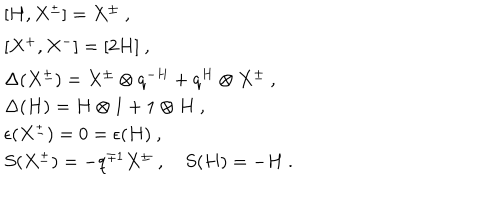
LaTeX: \begin{array} { l } { { [ H , X ^ { \pm } ] = X ^ { \pm } ~ , } } \\ { { [ X ^ { + } , X ^ { - } ] = [ 2 H ] ~ , } } \\ { { \Delta ( X ^ { \pm } ) = X ^ { \pm } \otimes q ^ { - H } + q ^ { H } \otimes X ^ { \pm } ~ , } } \\ { { \Delta ( H ) = H \otimes 1 + 1 \otimes H ~ , } } \\ { { \epsilon ( X ^ { \pm } ) = 0 = \epsilon ( H ) ~ , } } \\ { { S ( X ^ { \pm } ) = - q ^ { \mp 1 } X ^ { \pm } ~ , ~ S ( H ) = - H ~ . } } \\ \end{array}